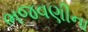
ભજવણીના